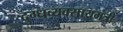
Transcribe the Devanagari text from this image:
दुग्धव्यवसायमंत्री